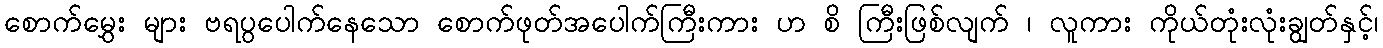
စောက်မွှေး များ ဗရပွပေါက်နေသော စောက်ဖုတ်အပေါက်ကြီးကား ဟ စိ ကြီးဖြစ်လျက် ၊ လူကား ကိုယ်တုံးလုံးချွတ်နှင့်၊